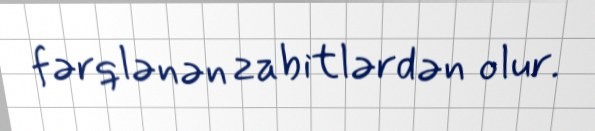
fərqlənən zabitlərdən olur.